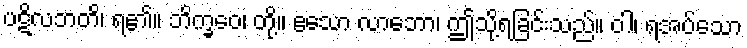
ပဋိလဘတိ၊ ရ၏။ ဘိက္ခဝေ၊ တို့။ ဧသော လာဘော၊ ဤသို့ရခြင်းသည်။ ဝါ၊ ရအပ်သော